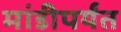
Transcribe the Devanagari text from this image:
मांडीपर्यंत